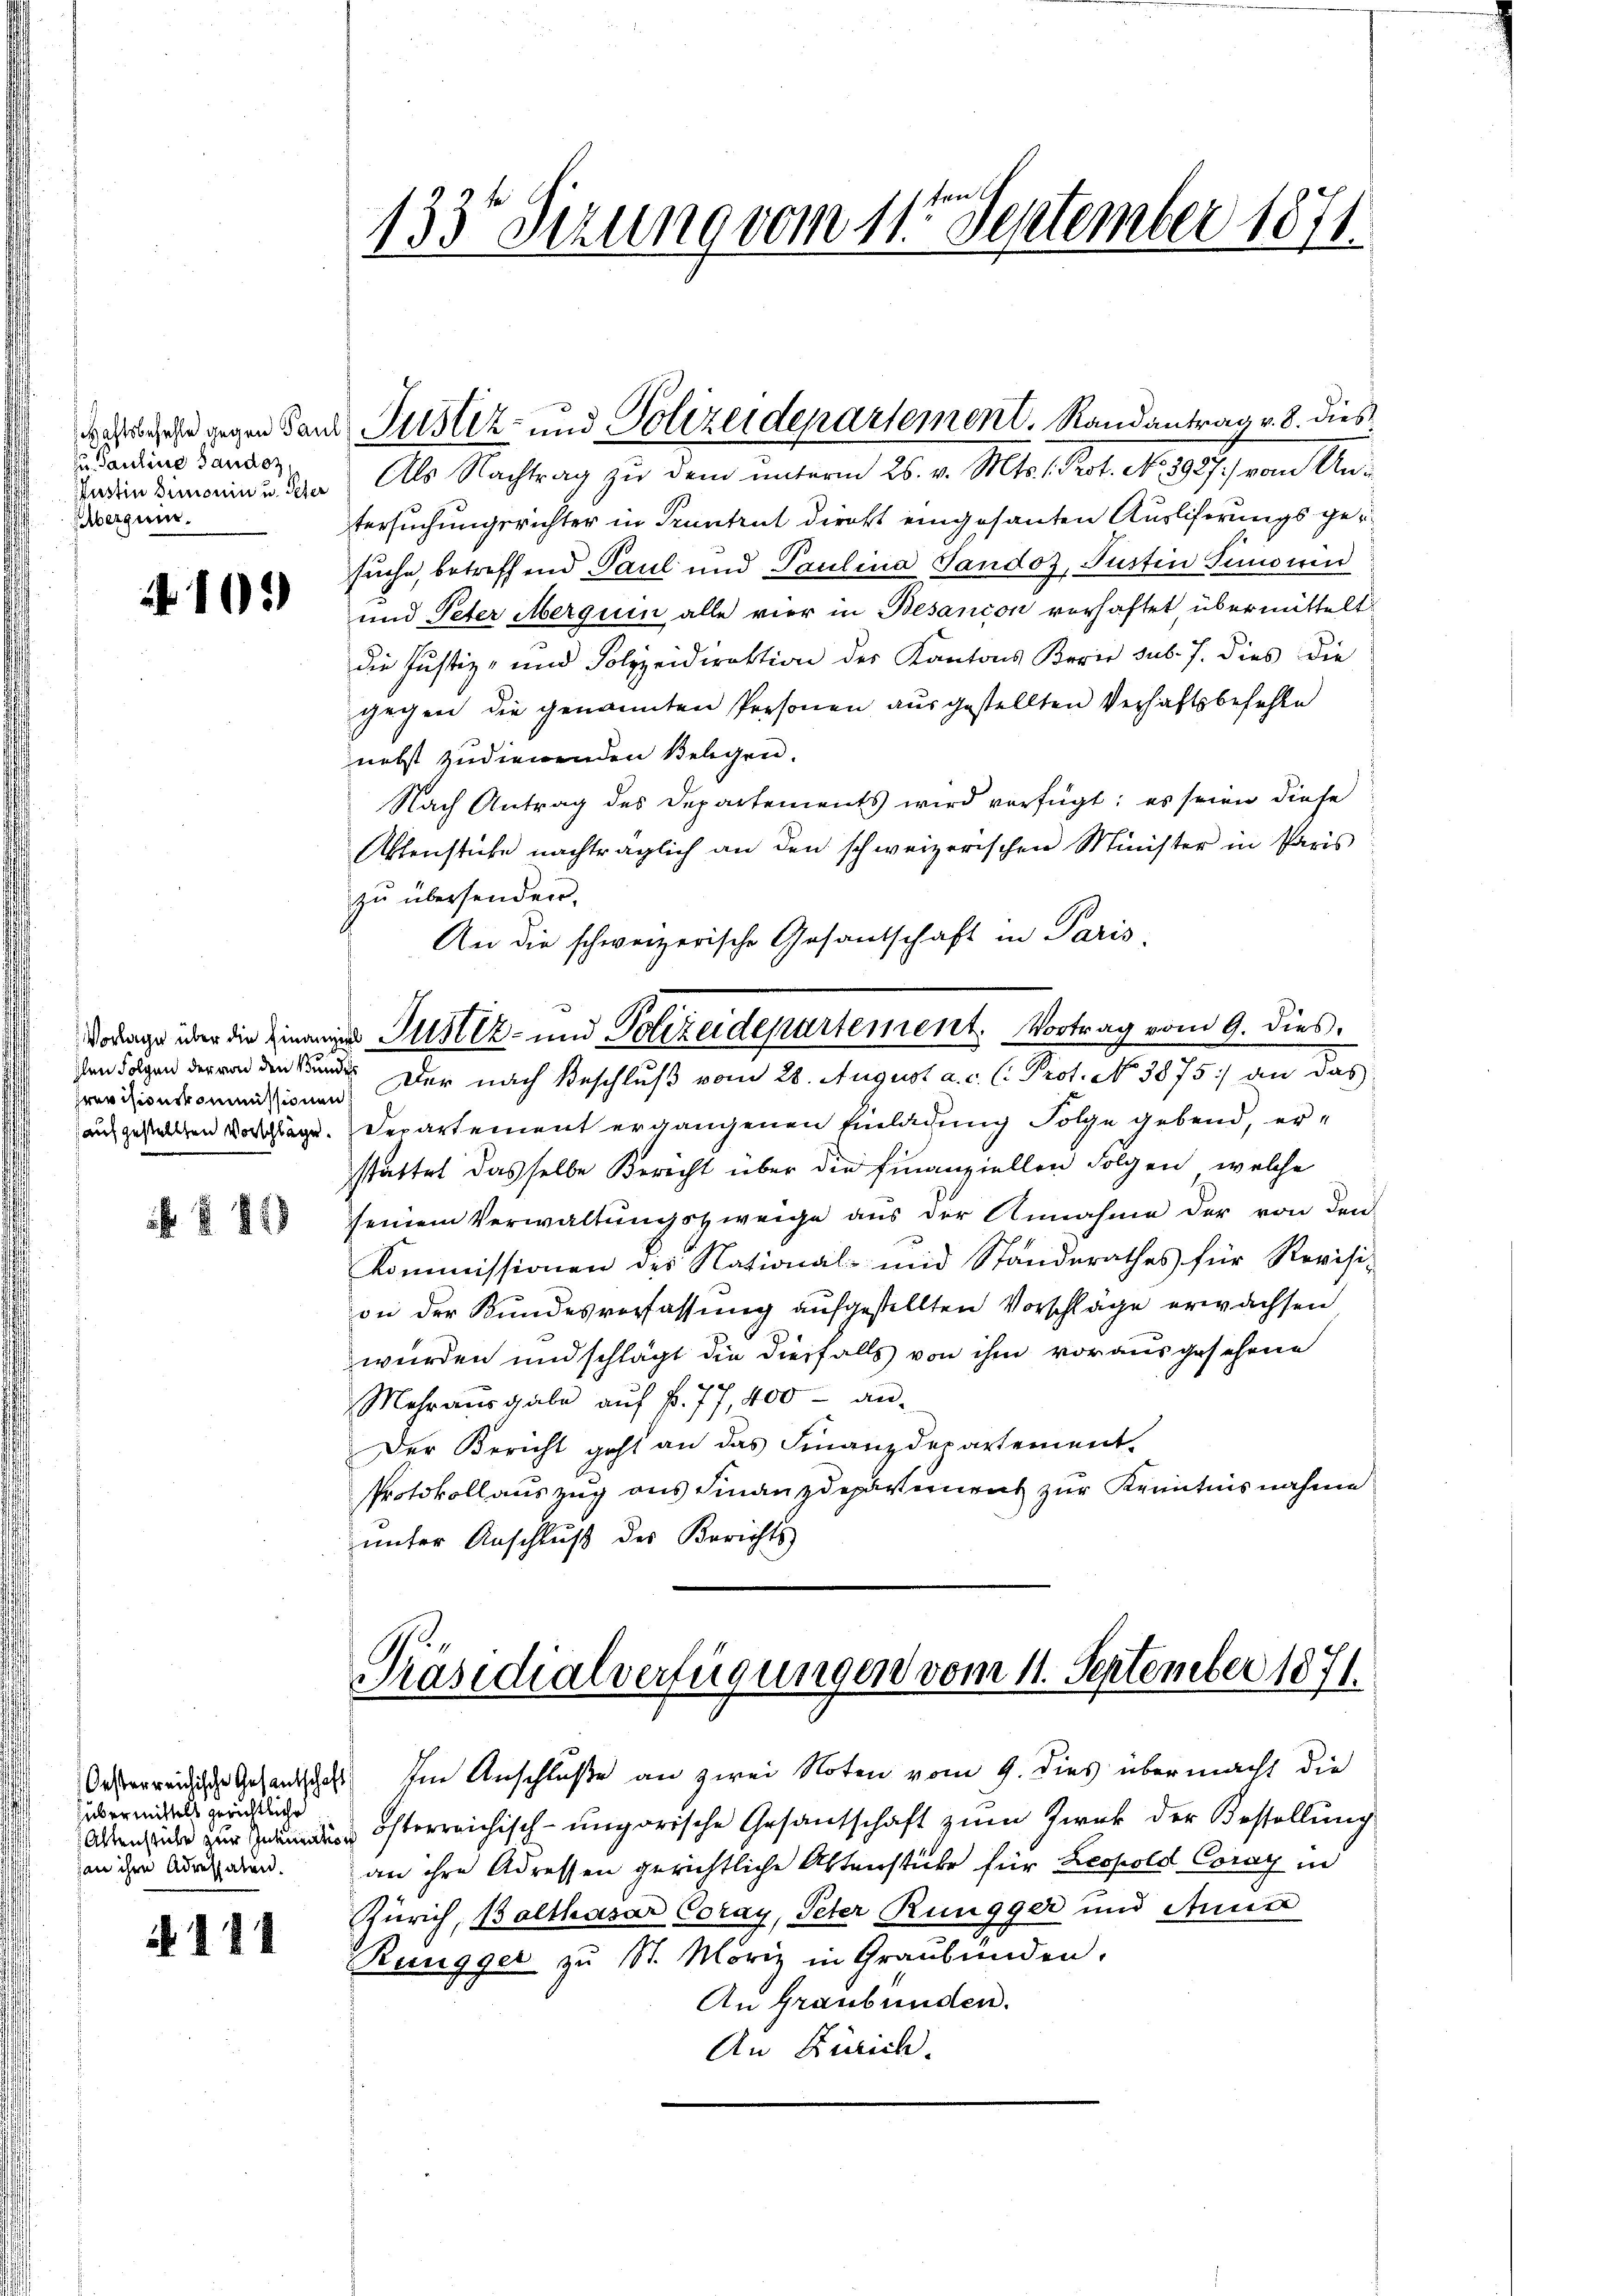
zu Pauline Sanden,
bergum.

103

Ien Folgen der von den Bundes
Previsionskommissionen

§ 81

übermittels gerichtliche
Altenstüke zur Inkuentiohan ihre Adressaten.

144

Als Nachtrag zu dem unterm 26. v. Mts. . Prot. No. 1937.) vom Untersuchungsrichter in Pruntrut direkt eingesanten Auslieferungsgesuche, betreffend Paul und Paulina Sandoz, Justin Simonen
und Peter Merquin alle vier in Besandon verhaftet übermittelt
die Justiz- und Polizeidirektion des Kantons Berie sub. J. dies die
gegen die genannten Personen ausgestellten Verhaftsbefehle
nebst zudienenden Belegen.
Nach Antrag des Departements wird verfügt: es seien diese
Aktenstücke nachträglich an den schweizerischen Minister in Paris
zu übersenden.
An die schweizerische Gesandschaft in Paris,
dodags über die Zins Justiz- und Polizeidepartement, Vortrag vom 9. dies
Der nach Beschluß vom 28. August a. c. l. Prot. No 3875) an das
auch gestellten Vorschlage. Departement ergangenen Einladung Folge gebend, erstattet dasselbe Bericht über die Finanziellen Folgen, welche
seinem Verwaltungszweige aus der Annahme der von den
Kommissionen des National- und Standerathes für Revisi-
on der Bundesverfassung aufgestellten Vorschläge erwachsen
wurden und schlägt die diesfalls von ihm vorausgesehene
Mehrausgabe auf f. 77, 400 an¬
Der Bericht geht an das Finanzdepartement
Protokollauszug aus Finanzdepartement zur Kenntnisnahme
unter Anschluß des Berichts

1335 Sezung vom 11ten September 1871.

diefe gegen Sand Justiz- und Polizeidepartement. Randantrag v. 8. dies

Präsidialverfügungen vom 11. September 1871.

Orsterreidische Gesandschaft) Im Anschluße an zwei Noten vom 9. dies übermacht die
österreichisch-ungarische Gesantschaft zum Zweck der Bestellung
an ihre Adressen gerichtliche Aktenstüke für Leopold Coray in
Zürich, Balthasar Coray, Peter Rüngger und Anna
Rungger zŭ St. Möriz in Graubünden.
An Graubünden.
An Zürich.